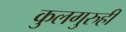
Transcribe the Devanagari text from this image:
कुलगुरुही